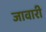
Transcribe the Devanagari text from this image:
जावारी